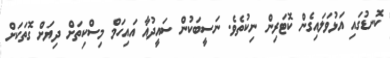
ކޮނޑުގައި އަޅުވަލައިގެން ކޮޓަރިން ނިކުތެވެ. ނަސީބަކުން ސައީދުއާ އައިހަމް މިސްކިތަށް ދިޔަށް ގޮތަކަށް